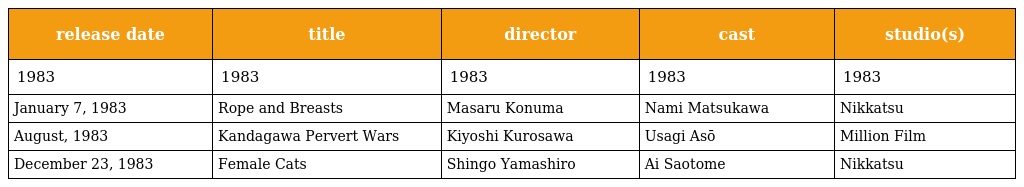
| release date | title | director | cast | studio(s) |
 | --- | --- | --- | --- | --- |
 | 1983 | 1983 | 1983 | 1983 | 1983 |
 | January 7, 1983 | Rope and Breasts | Masaru Konuma | Nami Matsukawa | Nikkatsu |
 | August, 1983 | Kandagawa Pervert Wars | Kiyoshi Kurosawa | Usagi Asō | Million Film |
 | December 23, 1983 | Female Cats | Shingo Yamashiro | Ai Saotome | Nikkatsu |